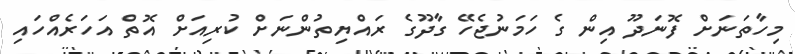
މިހާތަނަށް ފޮނަދޫ އިން ގެ ހަމަނުޖެހޭ ގާދޫގެ ރައްޔިތުންނަށް ކުރިއަށް އޮތް އަހަރެއްހައި